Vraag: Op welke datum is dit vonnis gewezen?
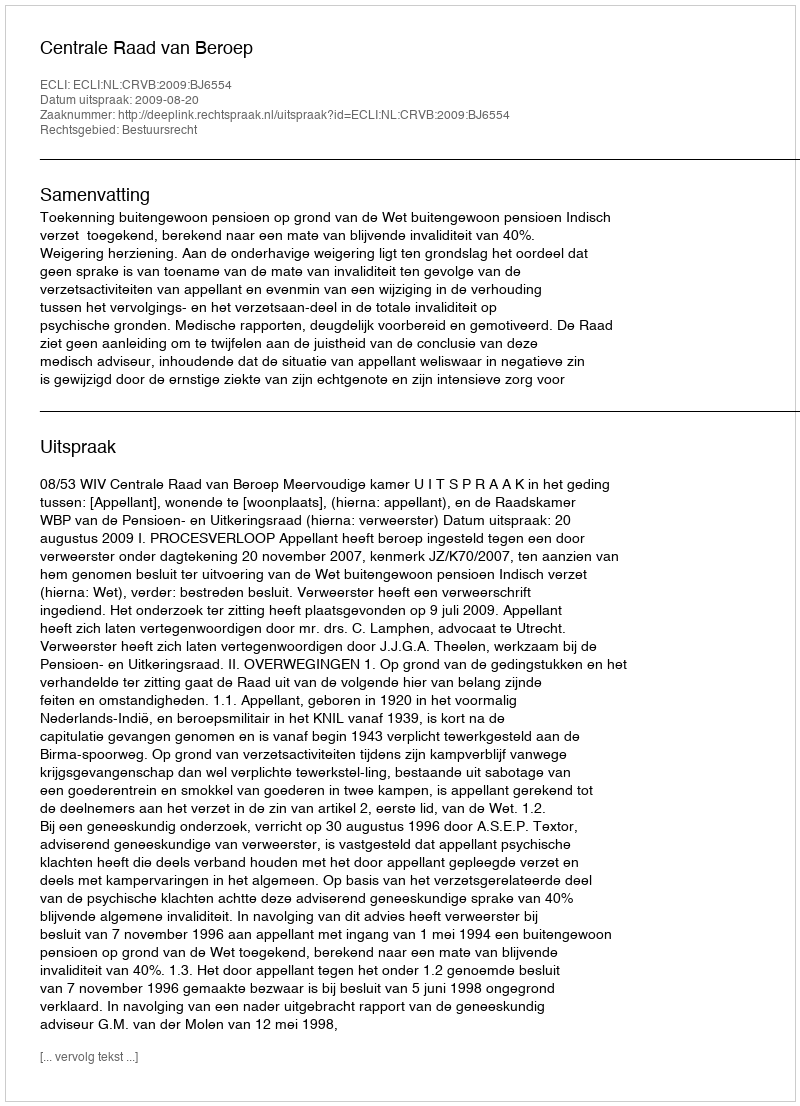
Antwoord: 2009-08-20